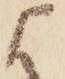
に